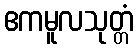
ဧကမူလသုတ္တံ